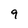
Character: 9